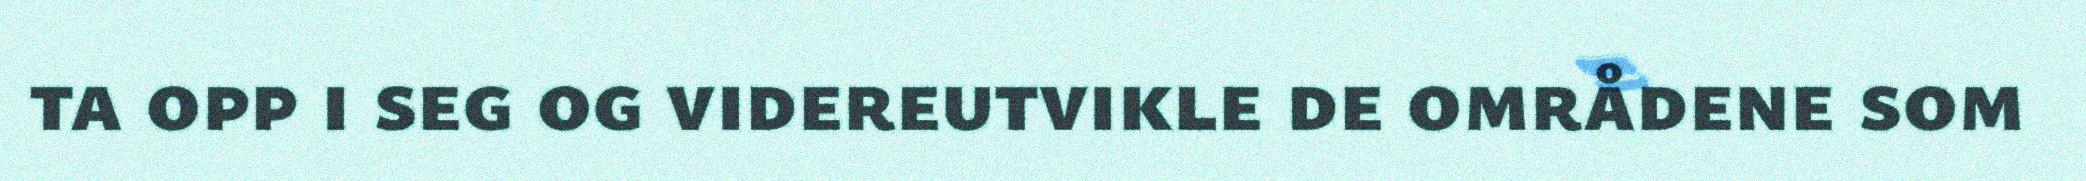
ta opp i seg og videreutvikle de områdene som